Necessitous school children, 1922
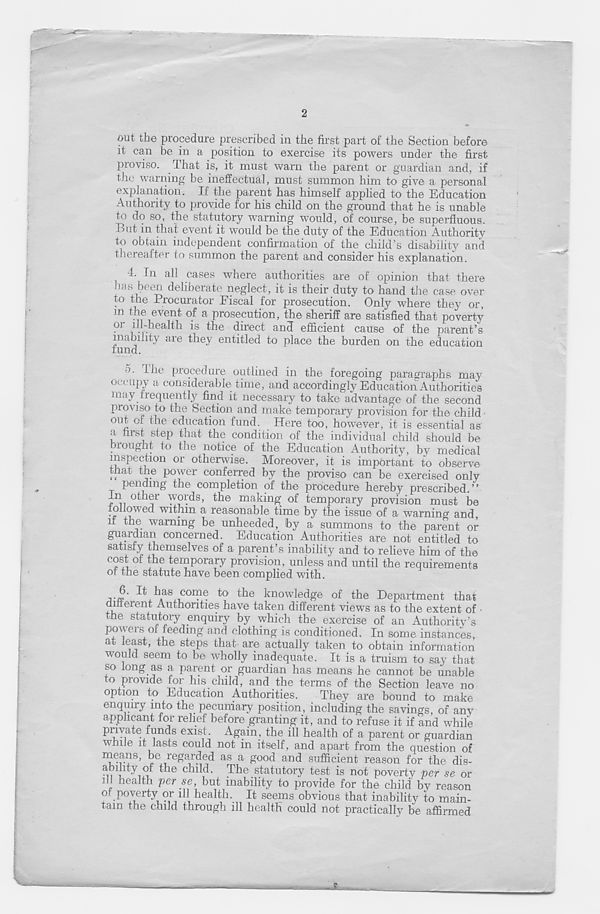
2
out the procedure prescribed in the first part of the Section before
it can be in a position to exercise its powers under the first
pioviso. That is, it must warn the parent or guardian and, if
the warning be ineffectual, must summon him to give a personal
explanation. If the parent has himself applied to the Education
Authority to provide for his child on the ground that he is unable
to do so, tire statutory warning would, of course, be superfluous.
But in that event it would be the duty of the Education Authority
to obtain independent confirmation of the child’s disability and
thereafter to summon the parent and consider his explanation.
4. In all cases where authorities are of opinion that there
has been deliberate neglect, it is their duty to hand the case over
to the Procurator Eiscal for prosecution. Only where they or,
ln
, even^ °/ a prosecution, the sheriff are satisfied that poverty
P 1 , . .ealth is the direct and efficient cause of the parent’s
inability are they entitled to place the burden on the education
fund.
o. ihe procedure outlined in the foregoing paragraphs may
occupy a considerable time, and accordingly Education Authorities
may frequently find it necessary to take advantage of the second
proviso to the Section and make temporary provision for the child
oui or the education fund. Here too, however, it is essential as
a first step that the condition of the individual child should be
brought to the notice of the Education Authority, by medical
inspection or otherwise. Moreover, it is important to observe
tfiat the power conferred by the proviso can be exercised only
T P ei \ dlng
com P^e^o n pf the procedure hereby prescribed.”
In other words, the making of temporary provision must be
tollowed within a reasonable time by the issue of a warning and.
if the warning be unheeded, by a summons to the parent or
guardian concerned. Education Authorities are not entitled to
satisfy themselves of a parent’s inability and to relieve him of the
cost of the temporary provision, unless and until the requirements
of the statute have been complied with.
z-tc' ^ ^a s cor Pp to the knowledge of the Department that
dinerent Authorities have taken different views as to the extent of •
the statutory enquiry by which the exercise of an Authority’s
powers of feeding and clothing is conditioned. In some instances,
at least, the steps that are actually taken to obtain information
would seem to be wholly inadequate. It is a truism to say that
so long as a parent or guardian has means he cannot be unable
to provide for Ins child, and the terms of the Section leave no
option to Education Authorities.
They are bound to make
enquiry into the pecuniary position, including the savings, of any
applicant for relief before granting it, and to refuse it if and while
private funds exist. Again, the ill health of a parent or guardian
while it lasts could not in itself, and apart from the question of
means, be regarded as a good and sufficient reason for the dis-
abihty of the child. The statutory test is not poverty per se or
ill health per se, but inability to provide for the child by reason
of poverty or ill health. It seems obvious that inability to main-
tain the child through ill health could not practically be affirmed